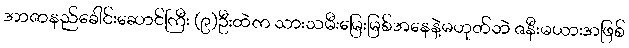
အာဇာနည်ခေါင်းဆောင်ကြီး (၉)ဦးထဲက သားသမီးမြေးမြစ်အနေနဲ့မဟုတ်ဘဲ ဇနီးမယားအဖြစ်